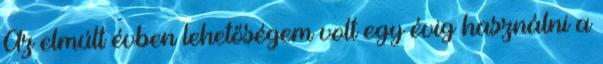
Az elmúlt évben lehetőségem volt egy évig használni a